Vaccination in Burma 1920-1933 - 1920-1933
Year: 1920
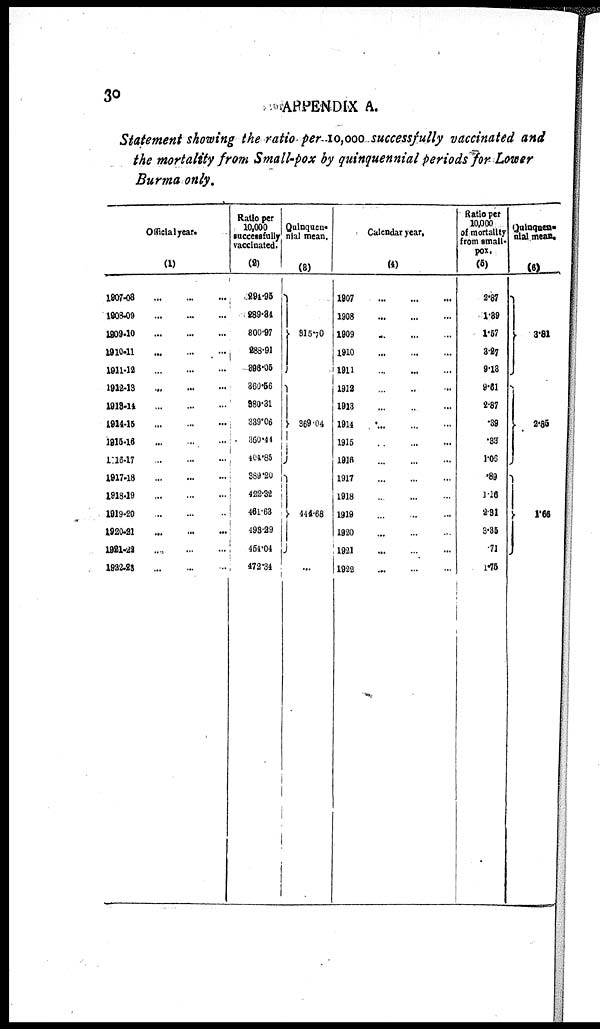
30
APPENDIX A.
Statement showing the ratio- per—10,000 successfully vaccinated and
the mortality from Small-pox by quinquennial periods for Lower
Burma only.
Official year.
(1)
1907-08 ... ... ... ...
1908-09...
...
...
...
1809-10
...
...
...
...
1910-11...
...
...
...
1911-12
...
...
...
...
1912-13...
...
...
...
1913-14
...
...
...
...
1914-15
...
...
...
...
1915-16
...
...
...
...
1916-17
...
...
...
...
1917-18
...
...
...
...
1918-19
...
...
...
...
1919-20
...
...
...
...
1920-21 ... ... ... ...
1921-49
...
...
...
...
1922-23
...
...
...
...
Ratio per
10,000
successfully
vaccinated.
(2)
294.95
289.84
800.97
288.91
896.05
360.56
380.31
339.06
360.44
404.85
389.20
422.32
461.63
498.29
454.04
472.34
Quinquen-
nial mean.
(3)
315.70
869.04
444.68
...
Calendar year.
(4)
1907
...
...
...
1908...
...
...
1909...
...
...
...
1910 ... ... ... ...
1911 ... ... ... ...
1912 ... ... ... ...
1913 ... ... ... ...
1914 ... ... ... ...
1916 ... ... ... ...
1916 ... ... ... ...
1917 ... ... ... ...
1918 ... ... ... ...
1919 ... ... ... ...
1920 ... ... ... ...
1921 ... ... ... ...
1922 ... ... ... ...
Ratio per
10,000
of mortality
from small-
pox.
(5)
2.87
1.89
1.57
3.27
9.13
9.61
2.87
.39
.33
1.06
.89
1.16
2.31
3.35
.71
1.75
Quinquen-
nial mean.
(6)
3.81
2.85